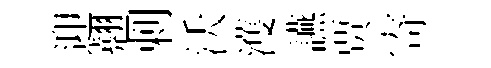
迎翹剌沃濩讌贾寄